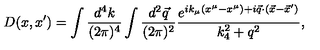
D ( x , x ^ { \prime } ) = \int { \frac { d ^ { 4 } k } { ( 2 \pi ) ^ { 4 } } } \int { \frac { d ^ { 2 } { \vec { q } } } { ( 2 \pi ) ^ { 2 } } } { \frac { e ^ { i k _ { \mu } ( x ^ { \mu } - x ^ { \mu } ) + i { \vec { q } } \cdot ( { \vec { x } } - { \vec { x } ^ { \prime } } ) } } { k _ { 4 } ^ { 2 } + q ^ { 2 } } } ,